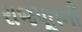
રાજપૂતની